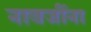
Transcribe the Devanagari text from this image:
नावजींना